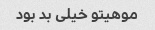
موهیتو خیلی بد بود